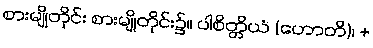
စားမျိုတိုင်း စားမျိုတိုင်း၌။ ပါစိတ္တိယံ (ဟောတိ)၊ +